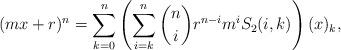
LaTeX: \begin{align*}(mx+r)^n = \sum_{k=0}^n\left( \sum_{i=k}^n {n \choose i} r^{n-i} m^i S_2(i,k) \right) (x)_k,\end{align*}